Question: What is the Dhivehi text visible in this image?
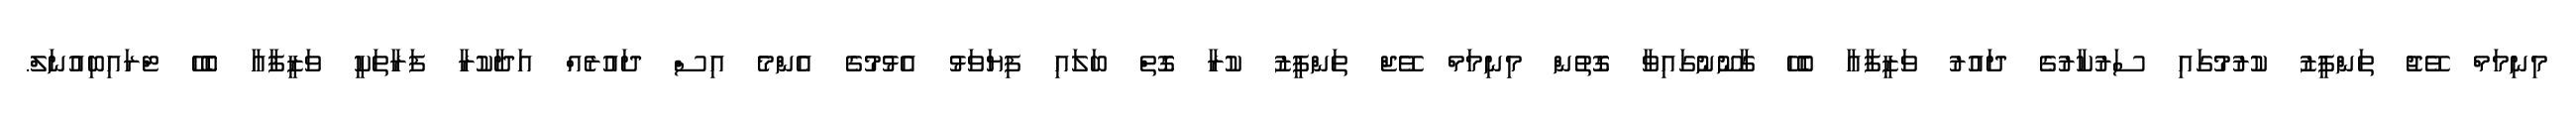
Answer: މިނިމަމް ވޭޖު ތަންފީޒު ކުރުމުގައި ސަރުކާރުގެ ދައުރު ވަޒީފާއާ ބެހޭ ގާނޫނުގައިވާ ގޮތުން މިނިމަމް ވޭޖް ތަންފީޒު ކުރާ ގޮތް ބަލައި ފިޔަވަޅު އެޅުމުގެ އެންމެ އިސް ދައުރެއް އަދާކުރާ ފަރާތަކީ ވަޒީފާއާ ބެހޭ ޓްރައިބިއުނަލް.